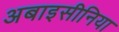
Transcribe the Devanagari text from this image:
अबाइसीनिया